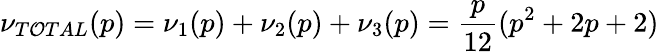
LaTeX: \nu_{T\mathcal{O}TAL}(p)=\nu_{1}(p)+\nu_{2}(p)+\nu_{3}(p)=\frac{{p}}{{12}}(p^{2}+2p+2)